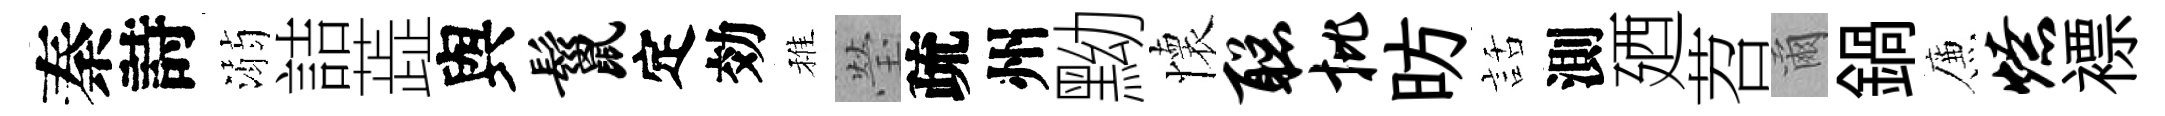
秦詩溺詰蕋與鬣定効稚瑩疏州黝懷聪批昉話測廼苕爾鍋簾燎褾